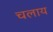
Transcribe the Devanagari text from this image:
चलाय